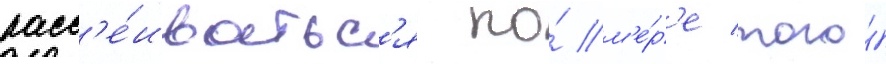
расс'е́иватьс'я по́ м'е́р'е того́